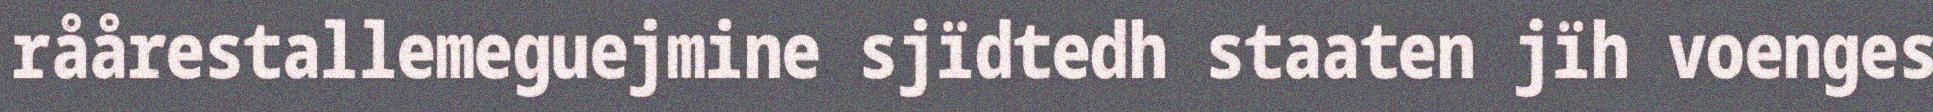
råårestallemeguejmine sjïdtedh staaten jïh voenges